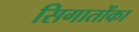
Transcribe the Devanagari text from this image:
सिगातोंका